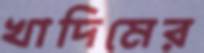
খাদিমের